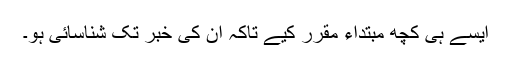
ایسے ہی کچھ مبتداء مقرر کیے تاکہ اُن کی خبر تک شناسائی ہو۔